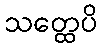
သတ္ထေပိ